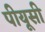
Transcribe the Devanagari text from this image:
पीयूसी